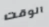
الوقت